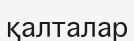
қалталар